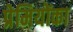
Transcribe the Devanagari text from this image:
प्रेमियोंका